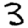
Digit: 3